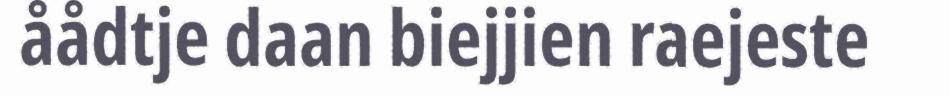
åådtje daan biejjien raejeste